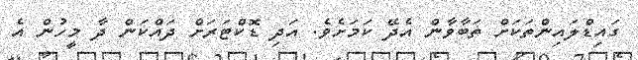
ގައިޑްލައިންތަކަށް ތަބާވާން އެދޭ ކަމަށެވެ. އަދި ޑޮކްޓަރަށް ދައްކަން ދާ މީހުން އެ